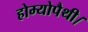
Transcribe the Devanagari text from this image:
होम्योपैथी।